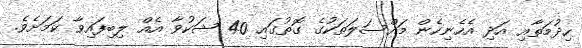
ހިދުމަތާއި އަދި އެހެނިހެން މައްސަލަތަކުގެ ގޮތުގައި 40 ޝަކުވާ އެއް ލިބިފައިވާ ކަމަށެވެ.